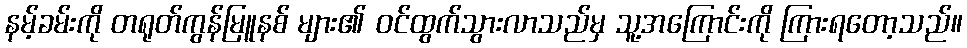
နမ့်ခမ်းကို တရုတ်ကွန်မြူနစ် များ၏ ဝင်ထွက်သွားလာသည်မှ သူ့အကြောင်းကို ကြားရတော့သည်။